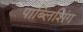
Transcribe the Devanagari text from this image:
पाब्लिशिंग